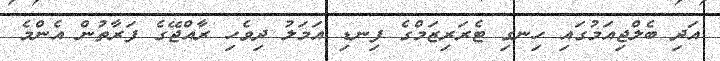
އަދި ބެލްޖިއަމުގައި ހިނގި ޓެރަރިޒަމްގެ ފިނޑި އަމަލު ދިވެހި ރާއްޖޭގެ ފަރާތުން އެންމެ